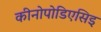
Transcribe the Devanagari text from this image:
कीनोपोडिएसिइ